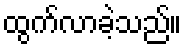
ထွက်လာခဲ့သည်။